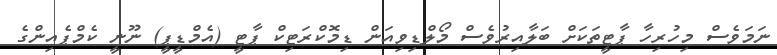
ނަމަވެސް މިހުރިހާ ޕާޓީތަކަށް ބަލާއިރުވެސް މޯލްޑިވިއަން ޑިމޮކްރަޓިކް ޕާޓީ (އެމްޑީޕީ) ނޫނީ ކެމްޕެއިންގެ